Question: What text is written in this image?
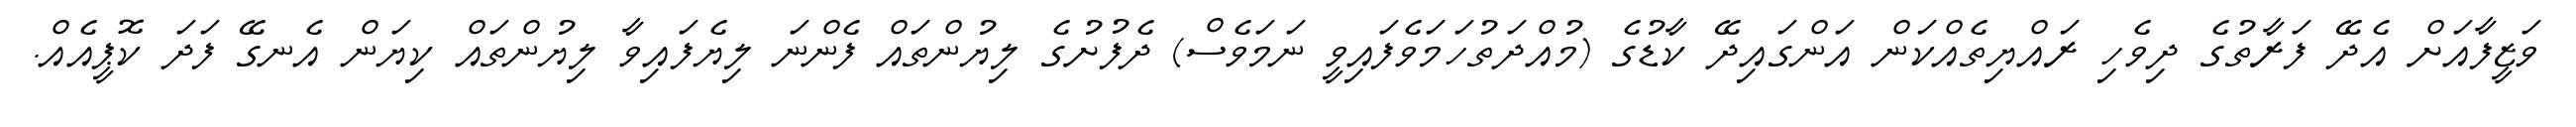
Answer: ވަޒީފާއަށް އެދޭ ފަރާތުގެ ދިވެހި ރައްޔިތެއްކަން އަންގައިދޭ ކާޑުގެ (މުއްދަތުހަމަވެފައިވީ ނަމަވެސް) ދެފުށުގެ ލިޔުންތައް ފެންނަ ލިޔެފައިވާ ލިޔުންތައް ކިޔަން އެނގޭ ފަދަ ކޮޕީއެއް.